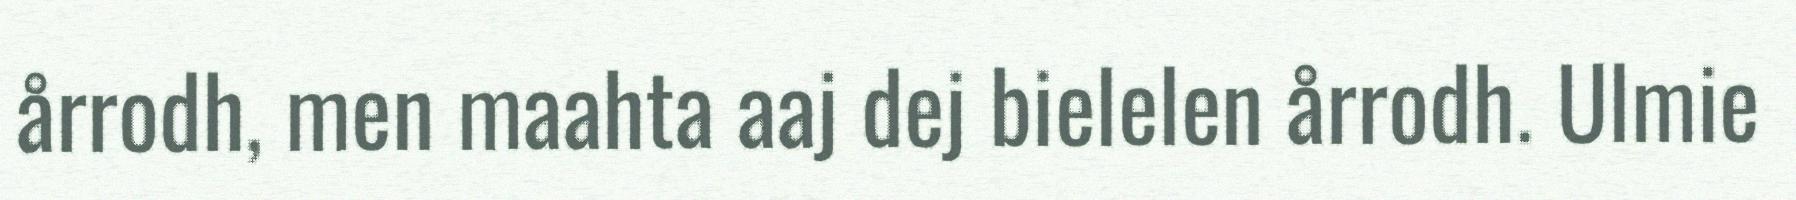
årrodh, men maahta aaj dej bielelen årrodh. Ulmie